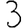
Digit: 3